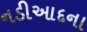
નડીઆદના